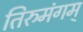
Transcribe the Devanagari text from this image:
तिरुमंगम्‌